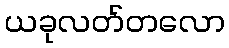
ယခုလတ်တလော